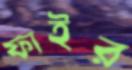
ফাইর